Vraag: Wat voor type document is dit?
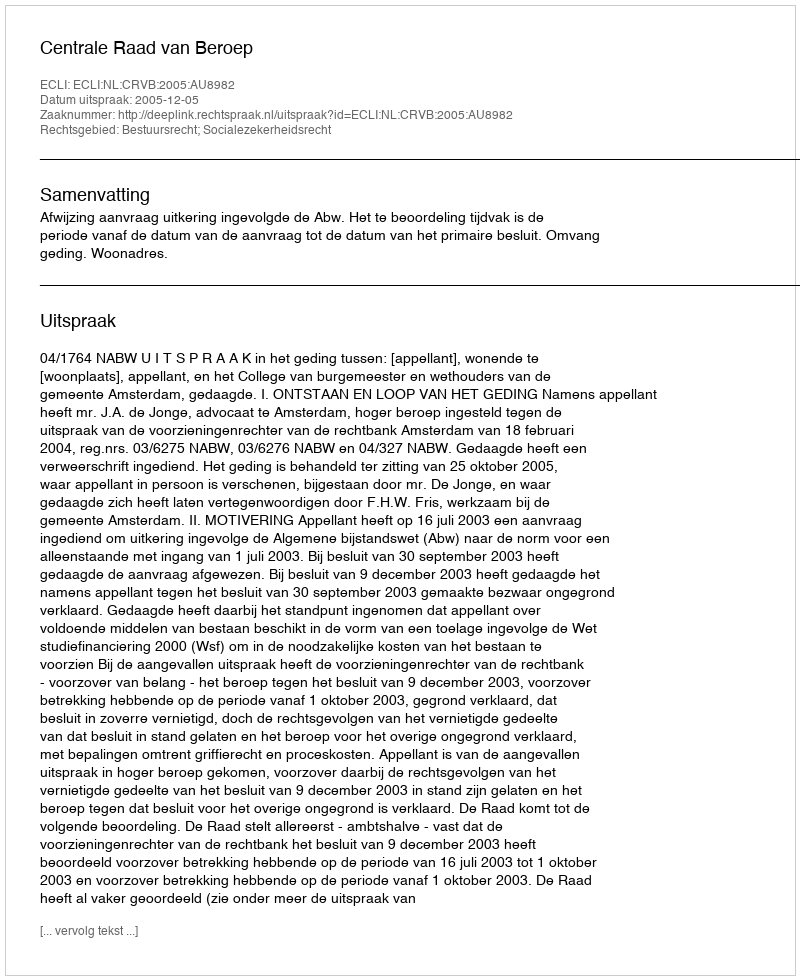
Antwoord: Uitspraak